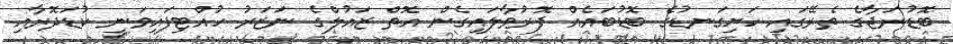
ބޮޑުރަޖާގެ ތެރޭގައި ހަށިގަނޑުގެ ބޮޑުބައެއް ފޮރުވާލައިގެން އޮތް ޒައުލްގެ ނަޒަރު ހުއްޓިފައިވަނީ ކުޑަދޮރާއި